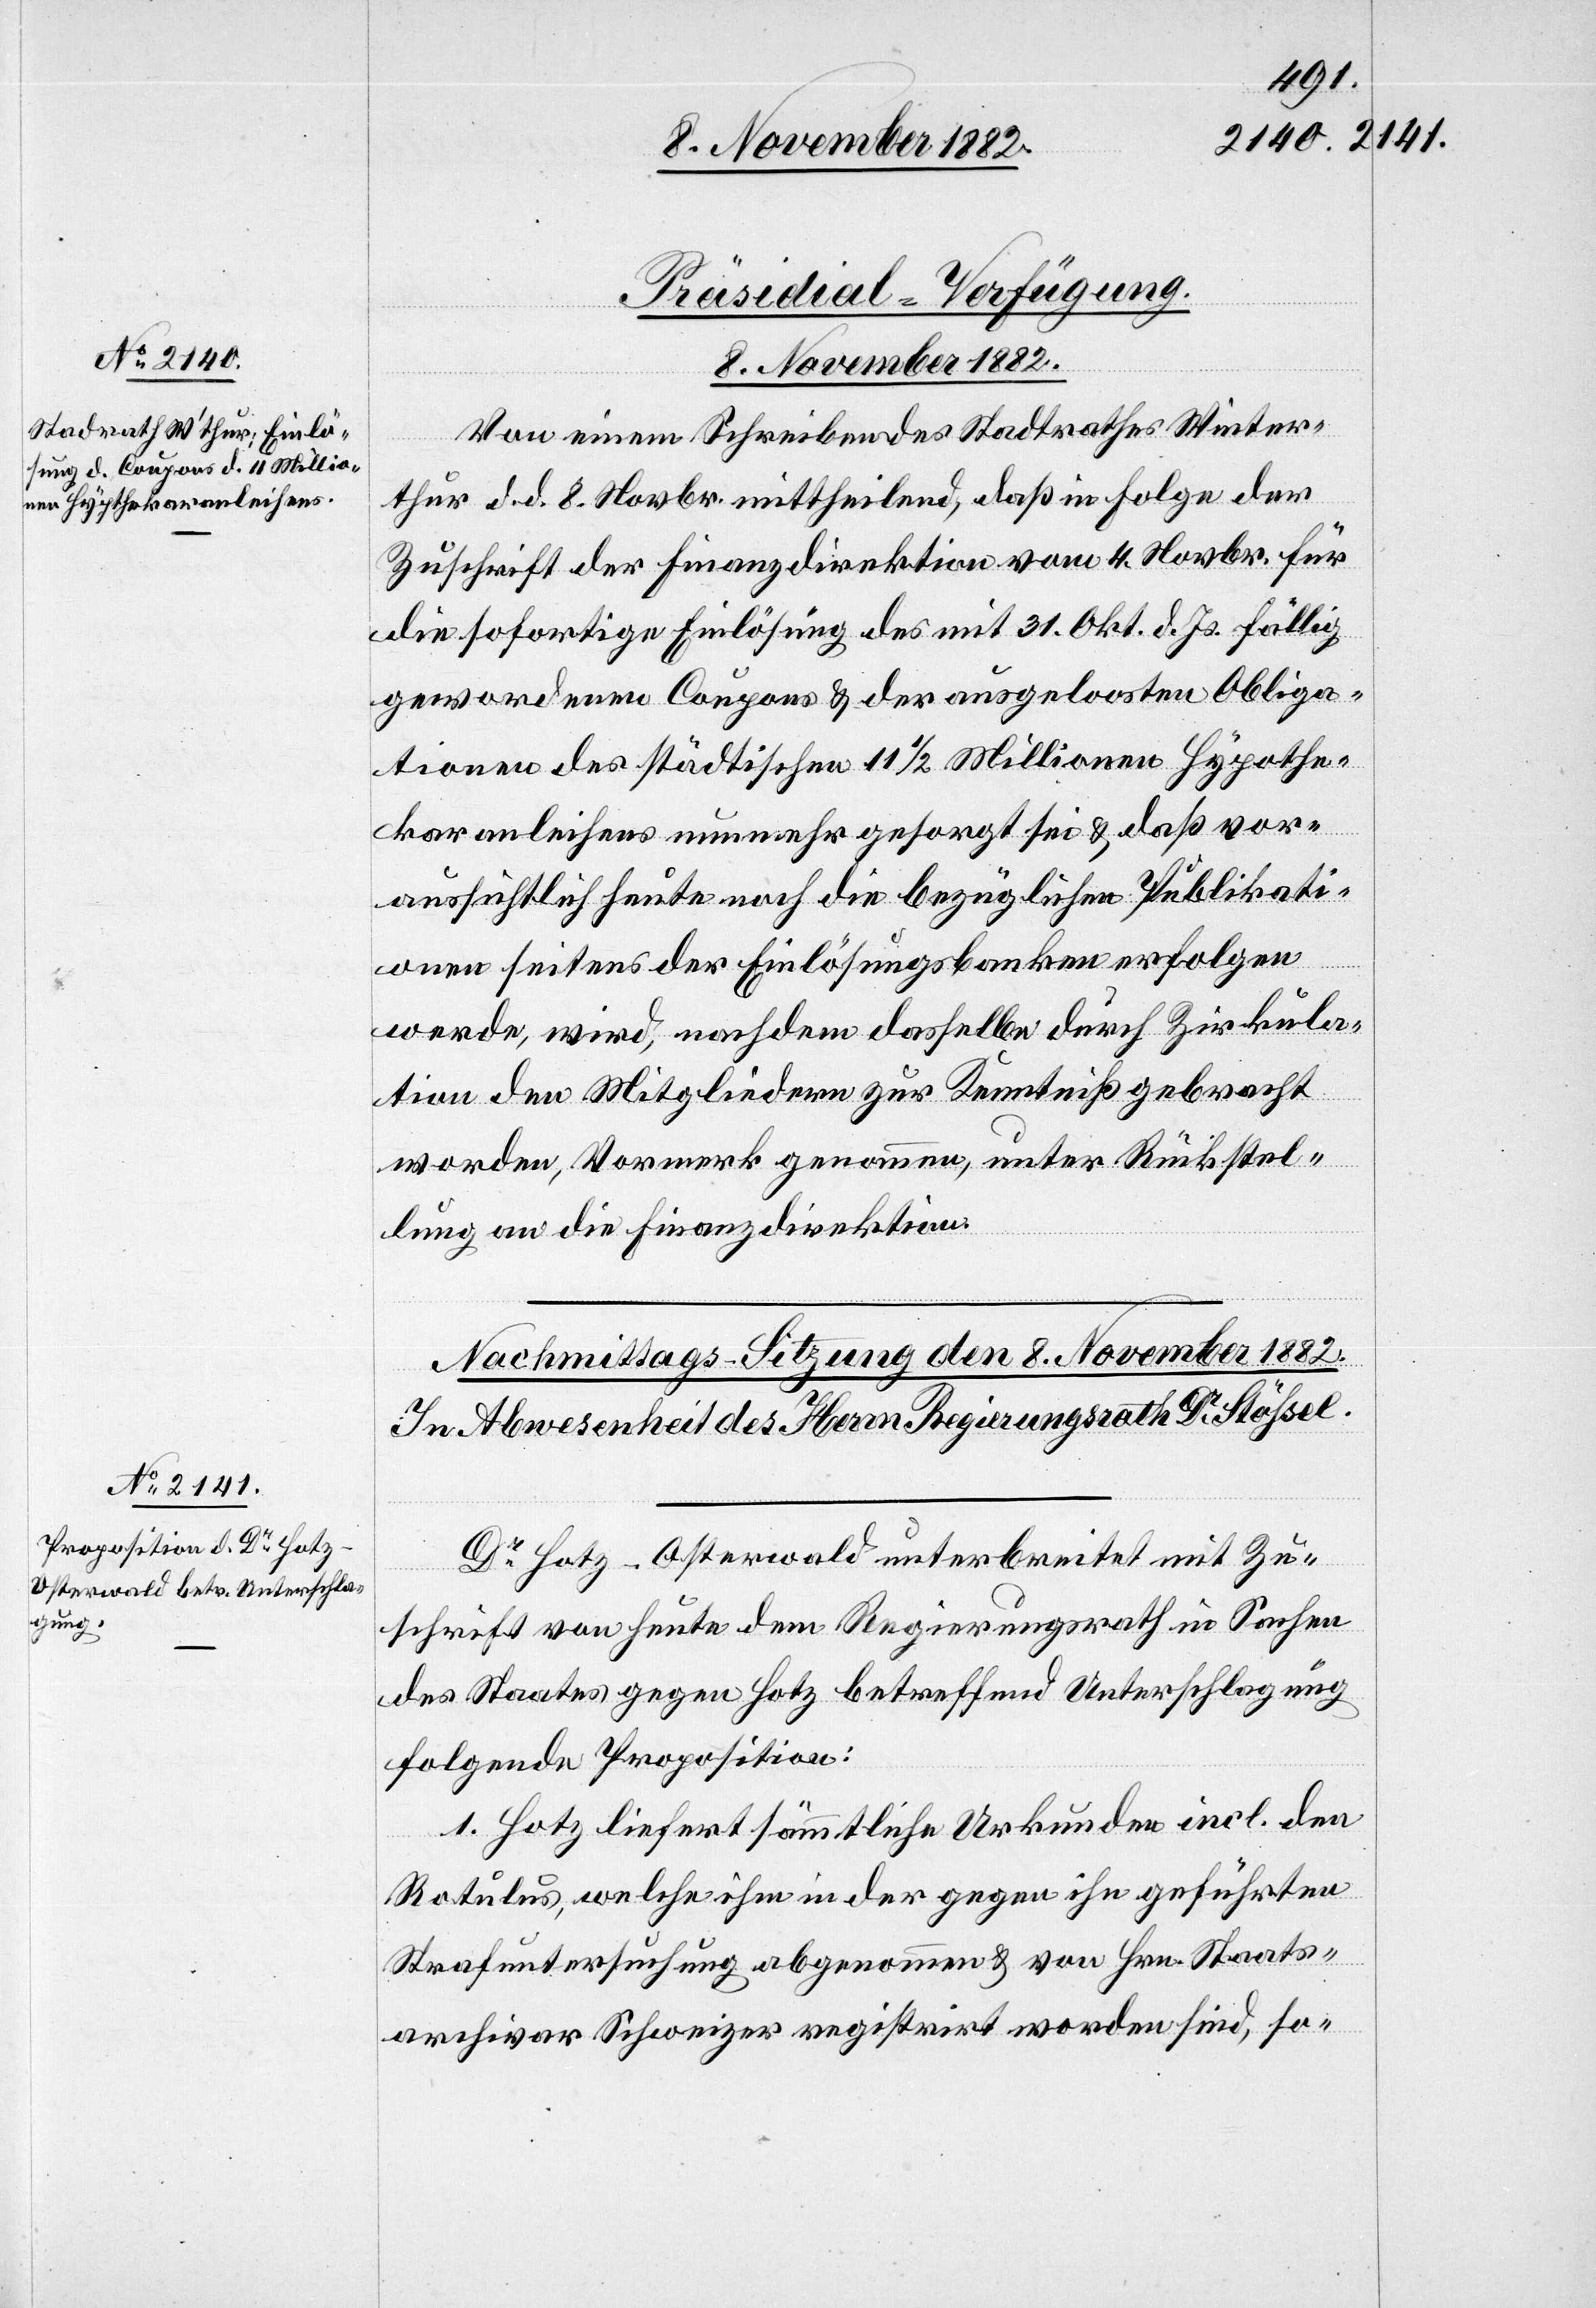
Von einem Schreiben des Stadtrathes Winter¬
thur d. d. 8. Novbr. mittheildend, daß in Folge der
Zuschrift der Finanzdirektion vom 4. Novbr. für
die sofortige Einlösung des mit 31. Okt. d. Js. fällig
gewordenen Coupons & der ausgeloosten Obliga¬
tionen des städtischen 11 1/2 Millionen Hypothe¬
karanleihens nunmehr gesorgt sei & daß vor¬
aussichtlich heute noch die bezüglichen Publikati¬
onen seitens der Einlösungsbanken erfolgen
werde, wird, nachdem dasselbe durch Zirkula¬
tion den Mitgliedern zur Kenntniß gebracht
worden, Vormerk genommen, unter Rückstel¬
lung an die Finanzdirektion.
Dr Hotz-Osterwald unterbreitet mit Zu¬
schrift von Heute dem Regierungsrath in Sachen
des Staates gegen Hotz betreffend Unterschlagung
folgende Proposition:
1. Hotz liefert sämmtliche Urkunden incl. den
Rotulus, welche ihm in der gegen ihn geführten
Strafuntersuchung abgenommen & von Hrn. Staats¬
archivar Schweizer registrirt worden sind, so-